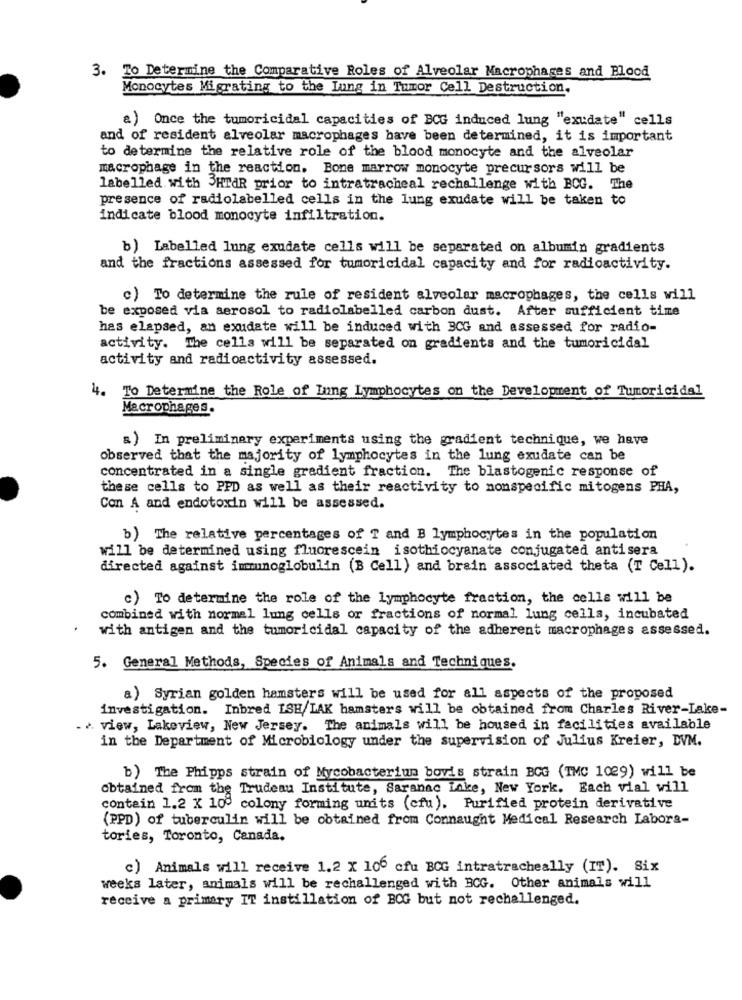
3. To Determine the Comparative Roles of Alveolar Macrophages and Blood
Monocytes Migrating to the Lung in Tumor Cell Destruction.
a) Once the tumoricidal capacities of BCG induced lung "exudate" cells
and of resident alveolar macrophages have been determined, it is important
to determine the relative role of the blood monocyte and the alveolar
macrophage in the reaction. Bone marrow monocyte precursors will be
labelled with 3HTAR prior to intratracheal rechallenge with BCG. The
presence of radiolabelled cells in the lung exudate will be taken to
indicate blood monocyte infiltration.
b) Labelled lung exudate cells will be separated on albumin gradients
and the fractions assessed for tumoricidal capacity and for radioactivity.
c) To determine the rule of resident alveolar macrophages, the cells will
be exposed via aerosol to radiolabelled carbon dust. After sufficient time
has elapsed, an exudate will be induced with 3CG and assessed for radio-
activity. The cells will be separated on gradients and the tumoricidal
activity and radioactivity assessed.
4. To Determine the Role of Lung Lymphocytes on the Development of Tumoricidal
Macrophages.
a) In preliminary experiments using the gradient technique, we have
observed that the majority of lymphocytes in the lung exudate can be
concentrated in a single gradient fraction. The blastogenic response of
these cells to PPD as well as their reactivity to nonspecific mitogens PHA,
Con A and endotoxin will be assessed.
b) The relative percentages of T and B lymphocytes in the population
will be determined using fluorescein isothiocyanate conjugated antisera
directed against immunoglobulin (B Cell) and brain associated theta (T Cell).
c) To determine the role of the lymphocyte fraction, the cells will be
combined with normal lung cells or fractions of normal lung cells, incubated
with antigen and the tumoricidal capacity of the adherent macrophages assessed.
5. General Methods, Species of Animals and Techniques.
a) Syrian golden hamsters will be used for all aspects of the proposed
investigation. Inbred ISH/LAK hamsters will be obtained from Charles River-Lake-
> view, Lakeview, New Jersey. The animals will be housed in facilities available
in the Department of Microbiology under the supervision of Julius Kreier, DVM.
b) The Phipps strain of Mycobacterium bovis strain BCG (IMC 1029) will be
obtained from the Trudeau Institute, Saranac inke, New York. Each vial will
contain 1.2 X 10 colony forming units (cfu). Purified protein derivative
(PPD) of tuberculin will be obtained from Connaught Medical Research Labora-
tories, Toronto, Canada,
c) Animals will receive 1.2 X 106 cfu BCG intratracheally (IT). Six
weeks later, animals will be rechallenged with BCG. Other animals will
receive a primary IT instillation of BCG but not rechallenged.